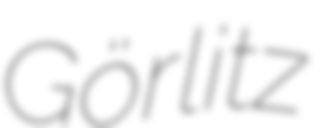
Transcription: Görlitz